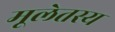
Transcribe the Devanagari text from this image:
मूलेतस्य